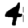
Digit: 4